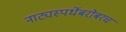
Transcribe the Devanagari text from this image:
नाट्यस्पर्धेबरोबरच